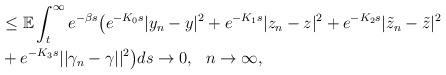
LaTeX: \begin{align*}\begin{aligned}&\leq \mathbb{E}\int_t^\infty e^{-\beta s}\big(e^{-K_0s}|y_n-y|^2+e^{-K_1s}|z_n-z|^2+e^{-K_2s}|\tilde{z}_n-\tilde{z}|^2\\&+e^{-K_3s}||\gamma_n-\gamma||^2\big)ds\rightarrow0,\ \ n\rightarrow\infty,\end{aligned}\end{align*}